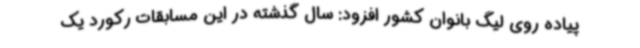
پیاده روی لیگ بانوان کشور افزود: سال گذشته در این مسابقات رکورد یک